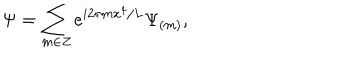
\Psi = \sum _ { m \in Z } e ^ { i 2 \pi m x ^ { 4 } / L } \Psi _ { ( m ) } ,